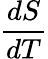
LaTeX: \frac{dS}{dT}